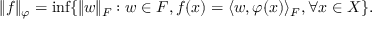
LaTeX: \| f \| _ { \varphi } = { \mathrm { i n f } } \{ \| w \| _ { F } : w \in F , f ( x ) = \langle w , \varphi ( x ) \rangle _ { F } , \forall { \mathrm { } } x \in X \} .